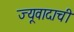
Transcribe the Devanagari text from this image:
ज्यूवादाची